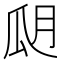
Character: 𤫮